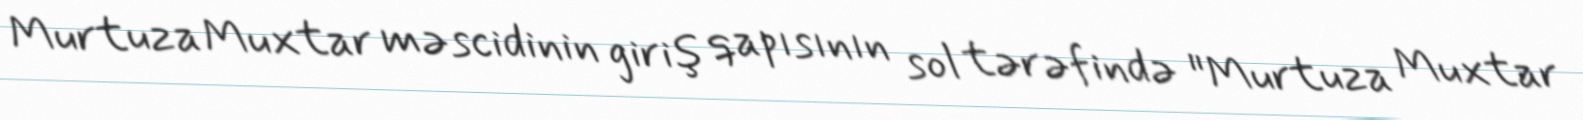
Murtuza Muxtar məscidinin giriş qapısının sol tərəfində "Murtuza Muxtar